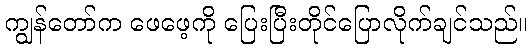
ကျွန်တော်က ဖေဖေ့ကို ပြေးပြီးတိုင်ပြောလိုက်ချင်သည်။